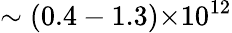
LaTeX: \sim(0.4-1.3){\times}10^{12}